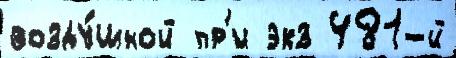
возду́шной пр'и экз 481-й